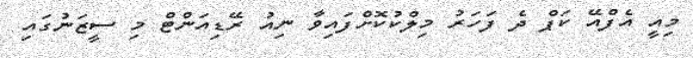
މިއީ އެފްއޭ ކަޕް ދެ ފަހަރު މިލްކުކޮށްފައިވާ ނިއު ރޭޑިއަންޓް މި ސީޒަނުގައި